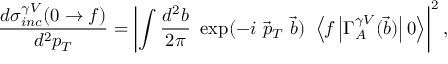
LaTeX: \frac { d \sigma _ { i n c } ^ { \gamma V } ( 0 \to f ) } { d ^ { 2 } p _ { T } } = \left| \int \frac { d ^ { 2 } b } { 2 \pi } \ \exp ( - i \ \vec { p } _ { T } \ \vec { b } ) \ \left\langle f \left| \Gamma _ { A } ^ { \gamma V } ( \vec { b } ) \right| 0 \right\rangle \right| ^ { 2 } ,